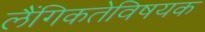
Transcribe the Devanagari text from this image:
लैंगिकतेविषयक